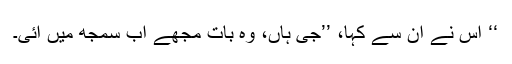
‘‘ اُس نے اُن سے کہا، ’’جی ہاں، وہ بات مجھے اب سمجھ میں آئی۔